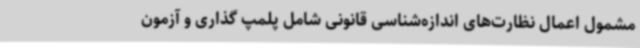
مشمول اعمال نظارت‌های اندازه‌شناسی قانونی شامل پلمپ گذاری و آزمون